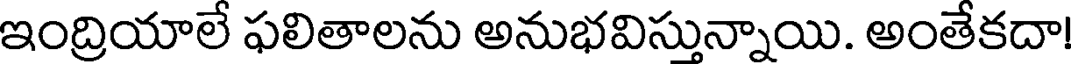
ఇంద్రియాలే ఫలితాలను అనుభవిస్తున్నాయి. అంతేకదా